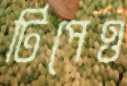
টিপেও